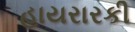
હાયરારકી